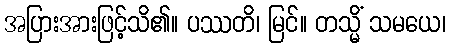
အပြားအားဖြင့်သိ၏။ ပဿတိ၊ မြင်။ တသ္မိံ သမယေ၊